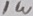
Text: 1W